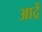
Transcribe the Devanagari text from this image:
आद्रें